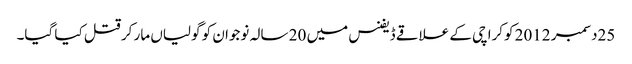
25دسمبر 2012 کوکراچی کے علاقے ڈیفنس میں 20 سالہ نوجوان کو گولیاں مار کر قتل کیا گیا۔